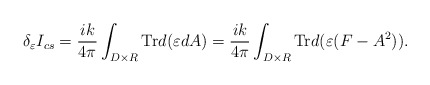
\begin{align*}\delta_{\varepsilon}I_{cs}=\frac{ik}{4\pi}\int_{D\times R}\mbox{Tr}d(\varepsilon dA)=\frac{ik}{4\pi}\int_{D\times R}\mbox{Tr} d(\varepsilon(F-A^2)).\end{align*}